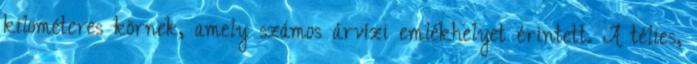
kilométeres körnek, amely számos árvízi emlékhelyet érintett. A télies,